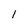
Character: l